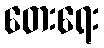
တေးရေး